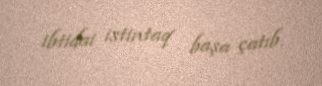
ibtidai istintaq başa çatıb.